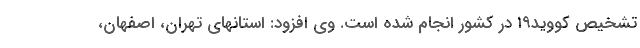
تشخیص کووید۱۹ در کشور انجام شده است. وی افزود: استانهای تهران، اصفهان،